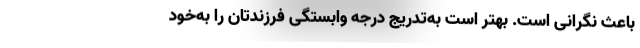
باعث نگرانی است. بهتر است به‌تدریج درجه وابستگی فرزندتان را به‌خود